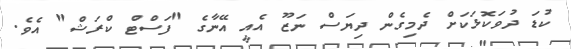
ކުޑަ ދުވަކޮޅަކަށް ދެމިގެން ދިޔަސް ނަޒޫ އެއީ އޭނާގެ "ފަސްޓް ކްރަޝް" އެވެ.